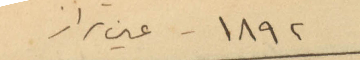
1892 - عين تراز